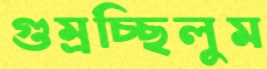
গুম্‌রচ্ছিলুম